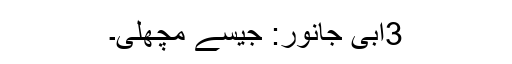
3آبی جانور: جیسے مچھلی۔